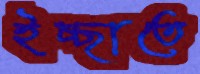
ইচ্ছাতে